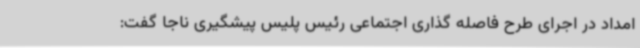
امداد در اجرای طرح فاصله گذاری اجتماعی رئیس پلیس پیشگیری ناجا گفت: